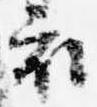
衣